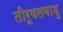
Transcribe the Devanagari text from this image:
तीरूवलबाडु